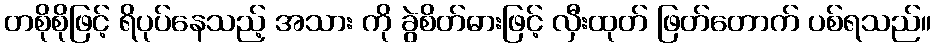
တစိုစိုဖြင့် ရိပုပ်နေသည့် အသား ကို ခွဲစိတ်ဓားဖြင့် လှီးထုတ် ဖြတ်တောက် ပစ်ရသည်။